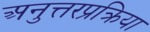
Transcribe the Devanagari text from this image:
अनुत्तरप्रक्रिया